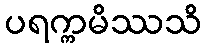
ပရက္ကမိဿသိ